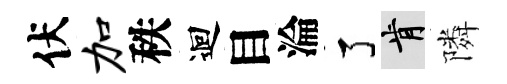
伏加秩迴目淪了肯隣